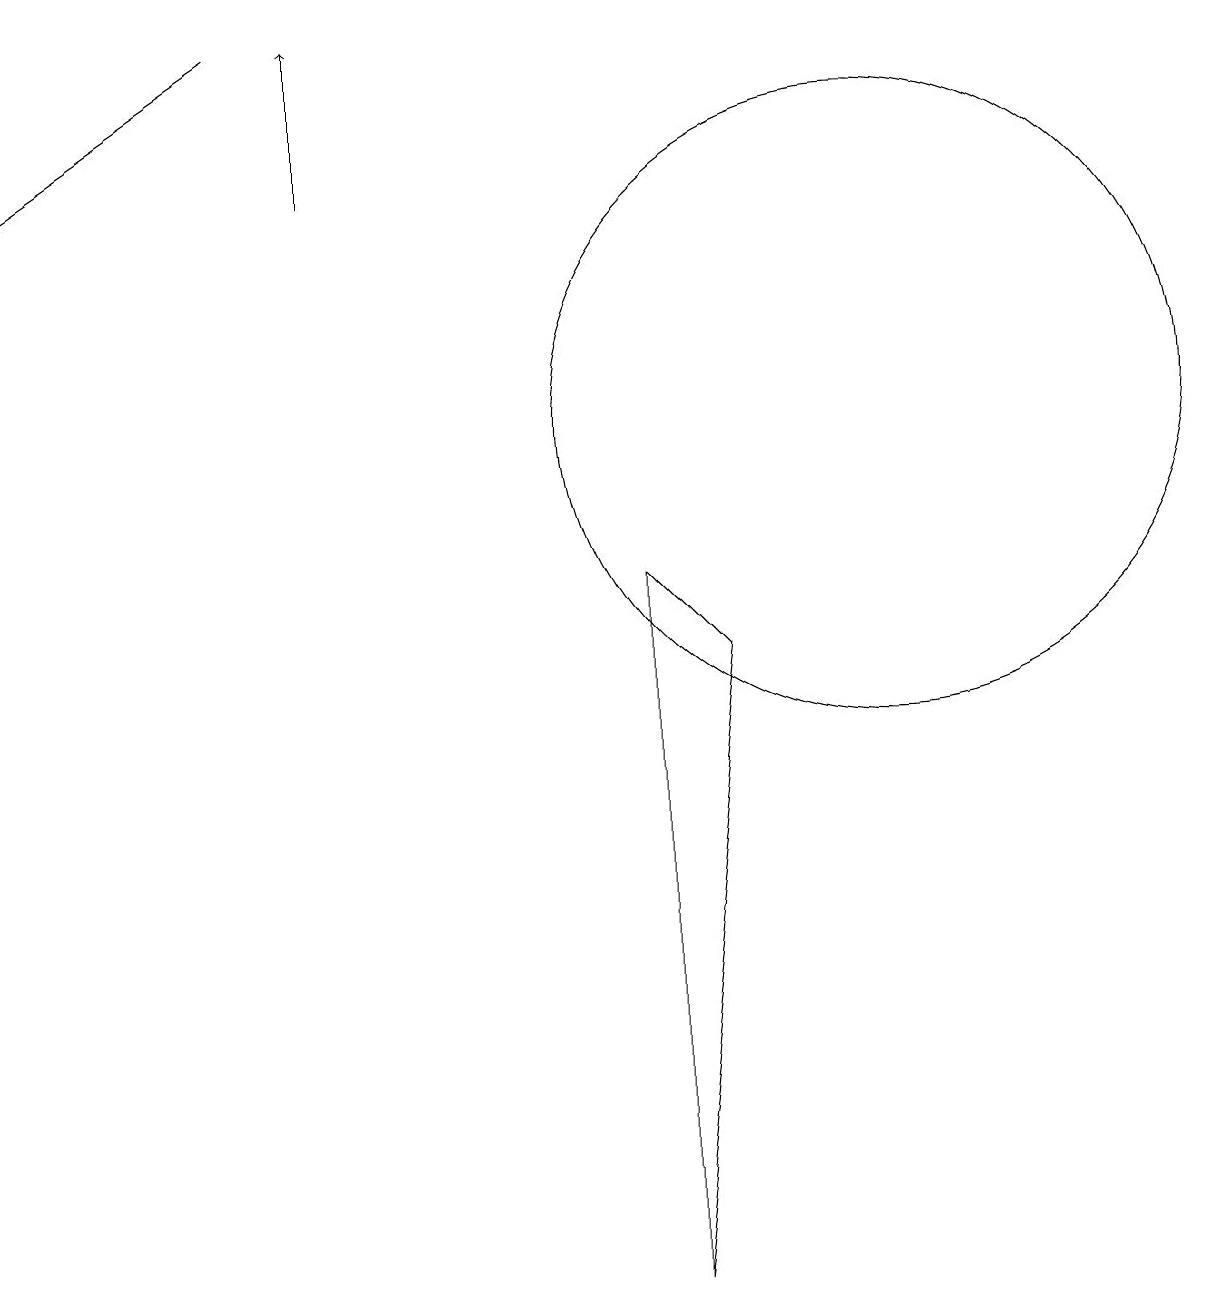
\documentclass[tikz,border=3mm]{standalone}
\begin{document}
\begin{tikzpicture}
\draw (9,8) -- (8,9) -- (8,0) -- cycle;
\draw (11,11) circle (4);
\draw[->] (3,16) -- (0,14);
\draw[->] (4,14) -- (4,16);
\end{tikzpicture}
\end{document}